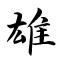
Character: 雄